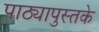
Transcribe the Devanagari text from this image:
पाठ्यापुस्तके